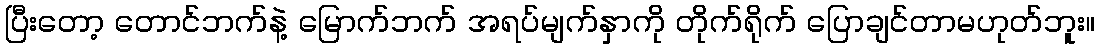
ပြီးတော့ တောင်ဘက်နဲ့ မြောက်ဘက် အရပ်မျက်နှာကို တိုက်ရိုက် ပြောချင်တာမဟုတ်ဘူး။